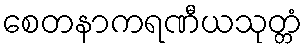
စေတနာကရဏီယသုတ္တံ